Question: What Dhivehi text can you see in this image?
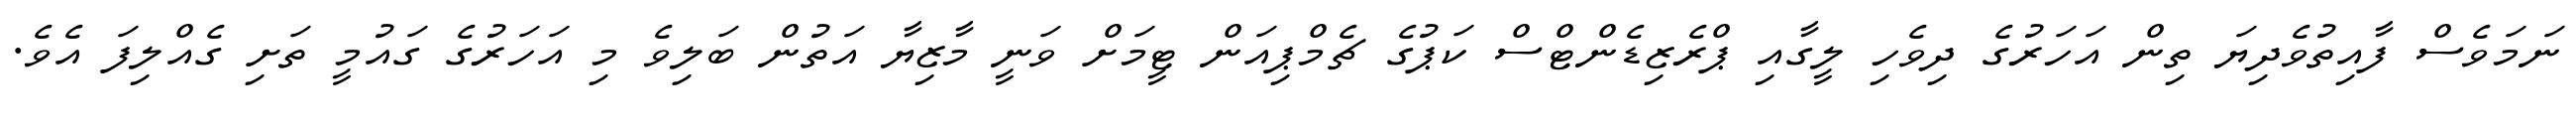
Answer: ނަމަވެސް ފާއިތުވެދިޔަ ތިން އަހަރުގެ ދިވެހި ލީގާއި ޕްރެޒިޑެންޓްސް ކަޕުގެ ޗެމްޕިއަން ޓީމަށް ވަނީ މާޒިޔާ އަތުން ބަލިވެ މި އަހަރުގެ ގައުމީ ތަށި ގެއްލިފަ އެވެ.